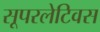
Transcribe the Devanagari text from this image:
सूपरलेटिवस